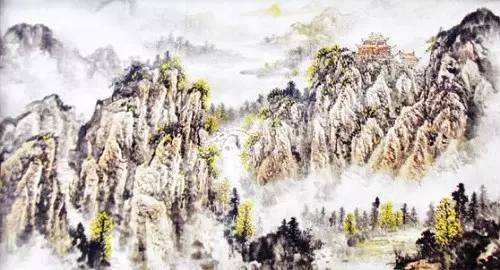
遥怜故园菊，应傍战场开。